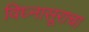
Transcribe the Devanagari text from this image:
विघ्नासूराचा